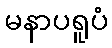
မနာပရူပံ